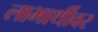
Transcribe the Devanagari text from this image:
लाभार्थीवर